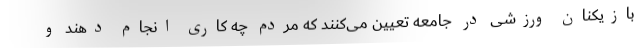
بازیکنان ورزشی در جامعه تعیین می‌کنند که مردم چه کاری انجام دهند و